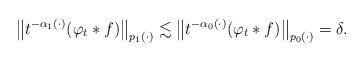
LaTeX: \begin{align*}\left\Vert t^{-{\alpha }_{1}{(\cdot )}}(\varphi _{t}\ast f)\right\Vert _{{p}_{1}{(\cdot )}}\lesssim \left\Vert t^{-{\alpha }_{0}{(\cdot)}}(\varphi _{t}\ast f)\right\Vert _{{p}_{0}{(\cdot )}}=\delta .\end{align*}